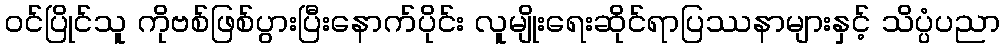
ဝင်ပြိုင်သူ ကိုဗစ်ဖြစ်ပွားပြီးနောက်ပိုင်း လူမျိုးရေးဆိုင်ရာပြဿနာများနှင့် သိပ္ပံပညာ